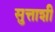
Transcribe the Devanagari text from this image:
सुत्ताशी